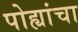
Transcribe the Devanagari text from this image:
पोह्यांचा